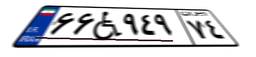
۶۶W۹۴۹۷۴